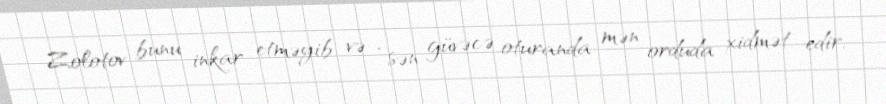
Zolotov bunu inkar etməyib və “sən güvəcə oturanda mən orduda xidmət edir,